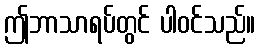
ဤဘာသာရပ်တွင် ပါဝင်သည်။